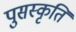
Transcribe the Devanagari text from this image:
पुसस्कृति